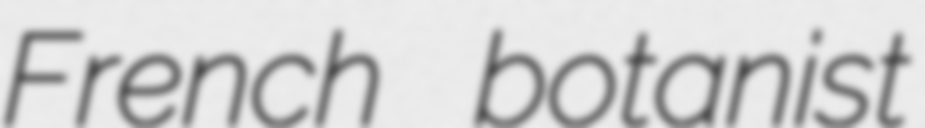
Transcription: French botanist